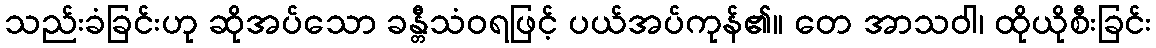
သည်းခံခြင်းဟု ဆိုအပ်သော ခန္တီသံဝရဖြင့် ပယ်အပ်ကုန်၏။ တေ အာသဝါ၊ ထိုယိုစီးခြင်း